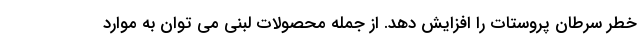
خطر سرطان پروستات را افزایش دهد. از جمله محصولات لبنی می توان به موارد